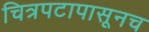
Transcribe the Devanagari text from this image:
चित्रपटापासूनच